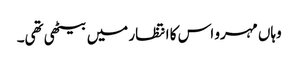
وہاں مہرو اس کا انتظار میں بیٹھی تھی۔